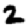
Digit: 2